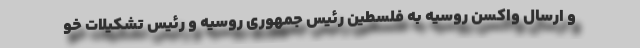
و ارسال واکسن روسیه به فلسطین رئیس جمهوری روسیه و رئیس تشکیلات خو